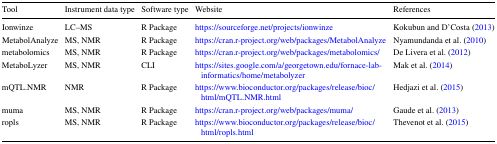
| Tool | Instrument data type | Software type | Website | References |
 | --- | --- | --- | --- | --- |
 | Ionwinze | LC–MS | R Package | https://sourceforge.net/projects/ionwinze | Kokubun and D’Costa (2013) |
 | MetabolAnalyze | MS, NMR | R Package | https://cran.r-project.org/web/packages/MetabolAnalyze | Nyamundanda et al. (2010) |
 | metabolomics | MS, NMR | R Package | https://cran.r-project.org/web/packages/metabolomics/ | De Livera et al. (2012) |
 | MetaboLyzer | MS, NMR | CLI | https://sites.google.com/a/georgetown.edu/fornace-lab-informatics/home/metabolyzer | Mak et al. (2014) |
 | mQTL.NMR | NMR | R Package | https://www.bioconductor.org/packages/release/bioc/html/mQTL.NMR.html | Hedjazi et al. (2015) |
 | muma | MS, NMR | R Package | https://cran.r-project.org/web/packages/muma/ | Gaude et al. (2013) |
 | ropls | MS, NMR | R Package | https://www.bioconductor.org/packages/release/bioc/html/ropls.html | Thevenot et al. (2015) |